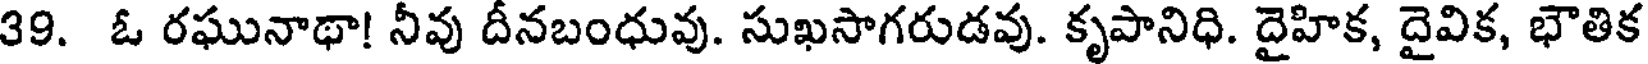
39. ఓ రఘునాథా! నీవు దీనబంధువు. సుఖసాగరుడవు. కృపానిధి. దైహిక, దైవిక, భౌతిక